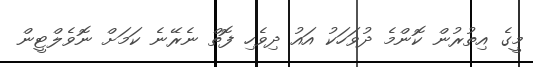
މީގެ އިތުރުން ކޮންމެ ދުވަހަކު އައު ދިވެހި ފޮތް ނެރޭނެ ކަމަށް ނޮވެލްޓީން